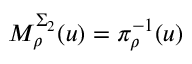
M _ { \rho } ^ { \Sigma _ { 2 } } ( u ) = \pi _ { \rho } ^ { - 1 } ( u )